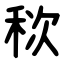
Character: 䅆